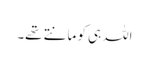
اللہ ہی کو مانتے تھے۔